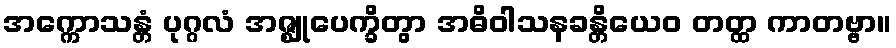
အက္ကောသန္တံ ပုဂ္ဂလံ အဇ္ဈုပေက္ခိတွာ အဓိဝါသနခန္တိယေဝ တတ္ထ ကာတဗ္ဗာ။